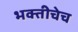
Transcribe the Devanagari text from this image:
भक्तीचेच